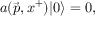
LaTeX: a ( \vec { p } , x ^ { + } ) \vert 0 \rangle = 0 ,